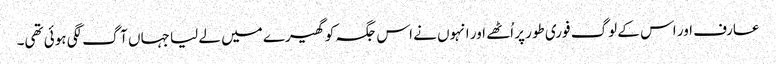
عارف اور اس کے لوگ فوری طور پر اُٹھے اور انہوں نے اس جگہ کو گھیرے میں لے لیا جہاں آگ لگی ہوئی تھی۔